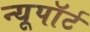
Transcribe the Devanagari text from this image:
न्यूपाॅर्ट